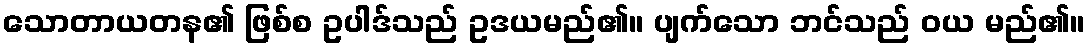
သောတာယတန၏ ဖြစ်စ ဥပါဒ်သည် ဥဒယမည်၏။ ပျက်သော ဘင်သည် ဝယ မည်၏။